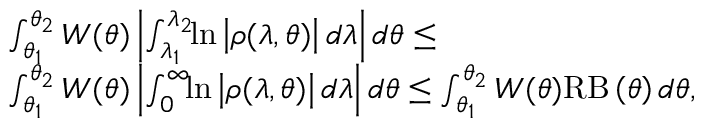
\begin{array} { r l } & { \int _ { \theta _ { 1 } } ^ { \theta _ { 2 } } W ( \theta ) \left| \int _ { \lambda _ { 1 } } ^ { \lambda _ { 2 } } \! \! \ln \left| \rho ( \lambda , \theta ) \right| \! \, d \lambda \right| d \theta \leq } \\ & { \int _ { \theta _ { 1 } } ^ { \theta _ { 2 } } W ( \theta ) \left| \int _ { 0 } ^ { \infty } \! \! \ln \left| \rho ( \lambda , \theta ) \right| \! \, d \lambda \right| d \theta \leq \int _ { \theta _ { 1 } } ^ { \theta _ { 2 } } W ( \theta ) \mathrm { R B } \left( \theta \right) d \theta , } \end{array}